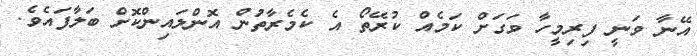
އޭނާ ވަނީ ފިރިމީހާ ވަގަށް ކަމެއް ކުރޭތޯ އެ ކެމެރާތަުން އޮންލައިންކޮށް ބަލާފައެވެ.